Leaving Certificate Examination, 1908
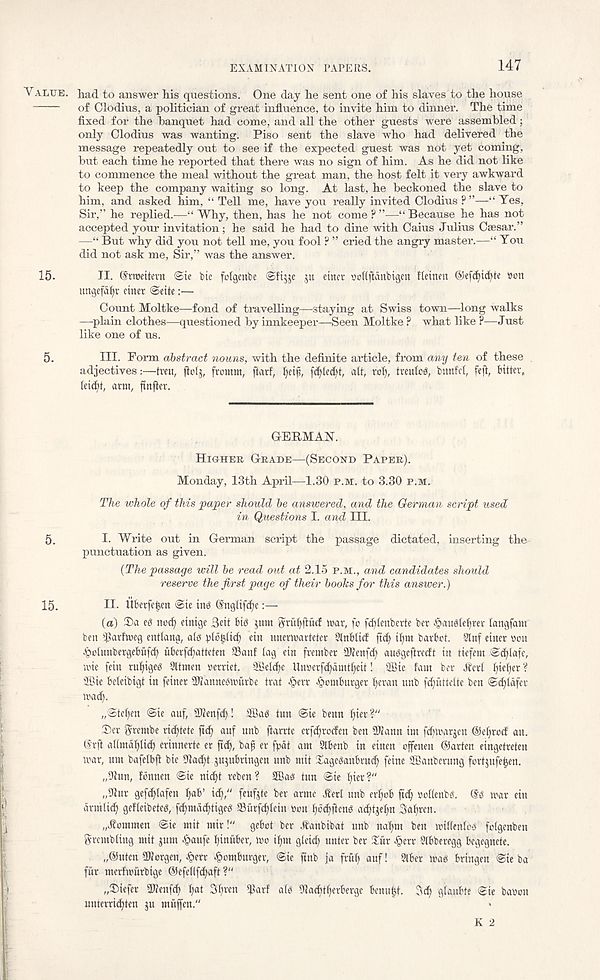
EXAMINATION PAPERS.
147
VALUE.
15.
5.
5.
15.
had to answer his questions. One day he sent one of his slaves to the house
of Clodius, a politician of great influence, to invite him to dinner. The time
fixed for the banquet had come, and all the other guests were assembled;
only Clodius was wanting. Piso sent the slave who had delivered the
message repeatedly out to see if the expected guest was not yet coming,
but each time he repoi-ted that there was no sign of him. As he did not like
to commence the meal without the great man, the host felt it very awkward
to keep the company waiting so long. At last, he beckoned the slave to
him, and asked him, “ Tell me, have you really invited Clodius P ”—“ Yes,
Sir,” he replied.—“ Why, then, has he not come ? ”—“ Because he has not
accepted your invitation; he said he had to dine with Caius Julius Caesar.”
—“ But why did you not tell me, you fool ? ” cried the angry master.—“ You
did not ask me, Sir,” was the answer.
II. (Srroeitevn <Sie bie folgenbe
ju einer rcKftanbigcn ftcinen
son
ungefafyr enter @eite:—
Count Moltke—fond of travelling—staying at Swiss town—long walks
—plain clothes—questioned by innkeeper—Seen Moltke ?. what like ?—Just
like one of us.
III. Form abstract nouns, with the definite article, from any ten of these
adjectives:—tveu, jlolj, fromm, fiarf, fyeip, fcfyteiftt, att, rofy trades, bunfel, feft, bitter,
teidjt, arm, ftnjler.
GERMAN.
HIGHER GRADE—(SECOND PAPER).
Monday, 13th April—1.30 P.M. to 3.30 P.M.
The whole of this paper should be answered, and the German script used
in Questions I. and III.
I. Write out in German script the passage dictated, inserting the-
punctuation as given.
(The passage will be read out at 2.15 P.M., and candidates should
reserve the first page of their books for this answer.)
II. liberfetjen @ie ins @ngtifd)c:—
(a) ®a eS nod) einige 3ett bis jum qrubftucf mar, fo fddenberte ber ^ausie^rer langfant
ben ifiarfmeg enttang, als vlojjticf) ein nnerwarteter Slnbltcf ftd) if)m barbot. 3luf einer eon
jpotunbergebufet) uberfdjatteten SSanf tag ein frember Wenfd) ausgeftreeft in tiefem @^tafe,
loie fein rutjigeS Sltmen oerriet. 28etd)e Unoerfdtamt^eit! SBie fam ber Jbert t)iet)er ?
ffiie beteibigt in feiner SRanneStmirbe trat ^err •6cmburger Ijeran unb fc^uttelte ben ©c^tdfer
mad).
„8tefjen @ie auf, aiienfd)! Sffias tun @ie benn t)ier ?"
®er Srembe ric^tete fid) auf unb ftarrte erfe^roden ben 3J(ann im fc^marjen ®et)rocf an.
®rfi a(lmdt)lid) erinnerte er fid), bap er fpat am Slbenb in einen offenen @arten eingetreten
mar, um bafetbfi bie 9tad)t ju^ubringen unb mit XageSanbrud) feine 2Canberung fortjufe^en.
„9 ( tun, fonnen <Sie nid)t reben? SBas tun Sie t)ier?"
„9 ( tur gefcf)tafen t)ab’ it^," feufjte ber arme .kert unb ertjob fief) rodents, ©s mar ein
armtic^ gefteibetes, fet)mdd)tiges Surfc^tein »on t)od)ftens ae^tjetm Sabren.
„.Kommen ©ie mit mir!"
gebot ber .Ranbibat unb na^m ben midentoS fotgenben
g re mb ting mit gum Jpaufe t)inuber, mo if)m gteief unter ber £ur §err Slbberegg begegnete.
„@uten Morgen, ^err ^ombuvger, ©ie ftnb fa fuif) auf! 31 ber mas bringen ©ie ba
fur mertmurbige 01efedfd)aft ?"
„T>iefer Sdtenfd) t)at Sbren $arf a(S 3!ad)tt)erbergc benu|t. Seif gtaubte ©ie baron
untevrieften ju muffen."
K 2